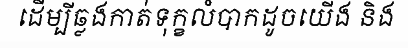
ដើម្បីឆ្លងកាត់ទុក្ខលំបាកដូចយើង និង